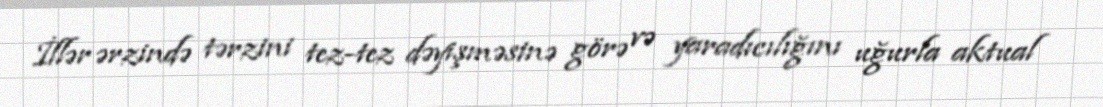
İllər ərzində tərzini tez-tez dəyişməsinə görə və yaradıcılığını uğurla aktual